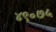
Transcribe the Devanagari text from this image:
४९॰७५